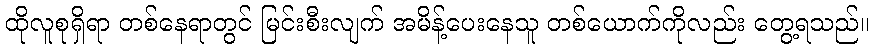
ထိုလူစုရှိရာ တစ်နေရာတွင် မြင်းစီးလျက် အမိန့်ပေးနေသူ တစ်ယောက်ကိုလည်း တွေ့ရသည်။